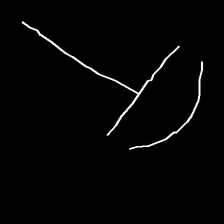
Glyph: dispersion